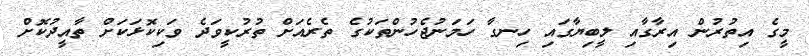
މީގެ އިތުރުން އިރާގާއި ލީބިޔާގައި ހިނގާ ހަމަނުޖެހުންތަކުގެ ތެރެއަށް ތުރުކީވަދެ ވަކިކޮޅަކަށް ތާއީދުކޮށް